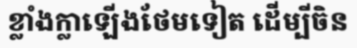
ខ្លាំងក្លាឡើងថែមទៀត ដើម្បីចិន